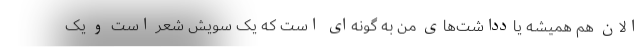
الان هم همیشه یادداشت‌های من به گونه‌ای است که یک سویش شعر است و یک